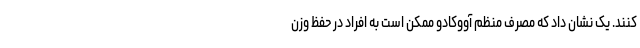
کنند. یک نشان داد که مصرف منظم آووکادو ممکن است به افراد در حفظ وزن